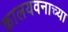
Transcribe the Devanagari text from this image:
कालयवनाच्या